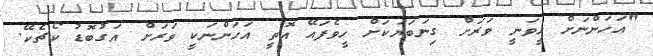
"އަހަންނަށް ހީވަނީ ވަރަށް ގިނަބަޔަކަށް ހީވެފައޭ އޮތީ އަހަންނަކީ ވަރަށް އަގުބޮޑު ކޯޗެކޭ.